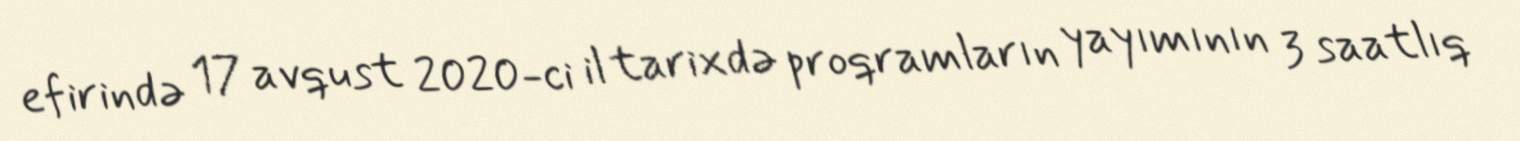
efirində 17 avqust 2020-ci il tarixdə proqramların yayımının 3 saatlıq